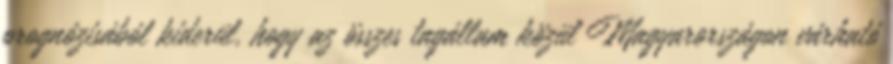
prognózisából kiderül, hogy az összes tagállam közül Magyarországon várható